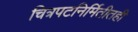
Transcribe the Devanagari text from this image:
चित्रपटनिर्मितीतही